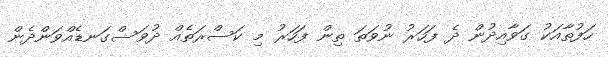
ހަފުތާއަކު ގަވާއިދުން ދެ ފަހަރު ނުވަތަ ތިން ފަހަރު މި ކަސްރަތެއް ދުވަސްގަނޑެއްވަންދެން